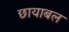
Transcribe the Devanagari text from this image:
छायाबल